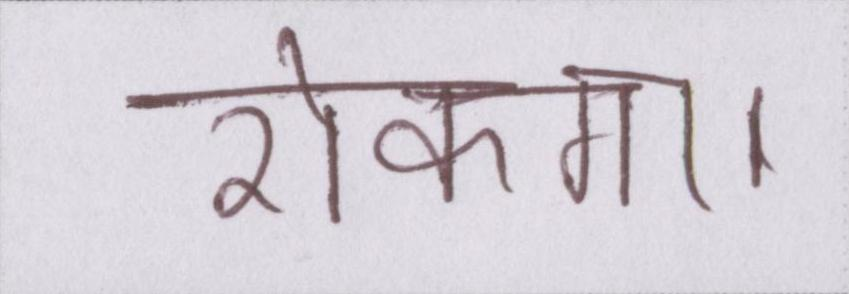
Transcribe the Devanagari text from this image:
रोकगा।